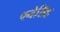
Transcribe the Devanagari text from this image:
पनेसिंह